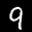
Label: 9